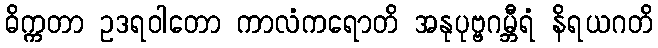
ဓိက္ကတာ ဥဒရဝါတော ကာလံကရောတိ အနုပုဗ္ဗဂမ္ဘီရံ နိရယဂတိ